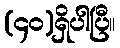
(၄၀)ရှိပါပြီ။